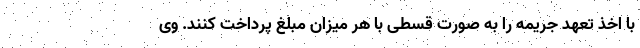
با اخذ تعهد جریمه را به صورت قسطی با هر میزان مبلغ پرداخت کنند. وی